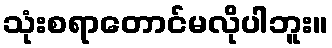
သုံးစရာတောင်မလိုပါဘူး။